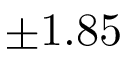
\pm 1 . 8 5